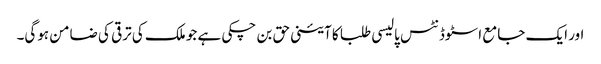
اور ایک جامع اسٹوڈنٹس پالیسی طلبا کا آئینی حق بن چکی ہے جو ملک کی ترقی کی ضامن ہوگی۔